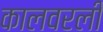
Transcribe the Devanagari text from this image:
कालवरली